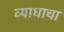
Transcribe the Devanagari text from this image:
व्याधाचा